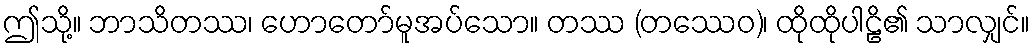
ဤသို့။ ဘာသိတဿ၊ ဟောတော်မူအပ်သော။ တဿ (တဿေဝ)၊ ထိုထိုပါဠိ၏ သာလျှင်။